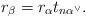
LaTeX: \begin{align*}r_{\beta} =r_{\alpha} t_{n\alpha^{\vee}} .\end{align*}